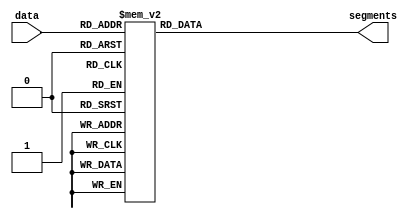
module DECODER16(
	input   [3:0] data, 
	output reg [6:0] segments);
	
	always@(*)
		case (data)
			0: segments = 7'b111_1110;
			1: segments = 7'b011_0000;
			2: segments = 7'b110_1101;
			3: segments = 7'b111_1001;
			4: segments = 7'b011_0011;
			5: segments = 7'b101_1011;
			6: segments = 7'b101_1111;
			7: segments = 7'b111_0000;
			8: segments = 7'b111_1111;
			9: segments = 7'b111_0011;
			10: segments = 7'b111_0111;
			11: segments = 7'b001_1111;
			12: segments = 7'b100_1110;
			13: segments = 7'b011_1101;
			14: segments = 7'b100_1111;
			15: segments = 7'b100_0111;
			default: segments = 7'b000_0000;
		endcase
endmodule